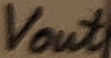
Text: Vout